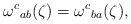
LaTeX: \begin{align*}{\omega^c}_{ab}(\zeta) = {\omega^c}_{ba}(\zeta),\end{align*}